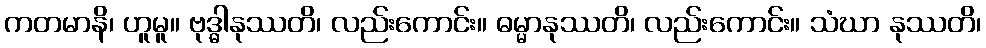
ကတမာနိ၊ ဟူမူ။ ဗုဒ္ဓါနုဿတိ၊ လည်းကောင်း။ ဓမ္မာနုဿတိ၊ လည်းကောင်း။ သံဃာ နုဿတိ၊